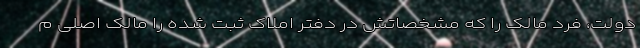
دولت، فرد مالک را که مشخصاتش در دفتر املاک ثبت شده را مالک اصلی م